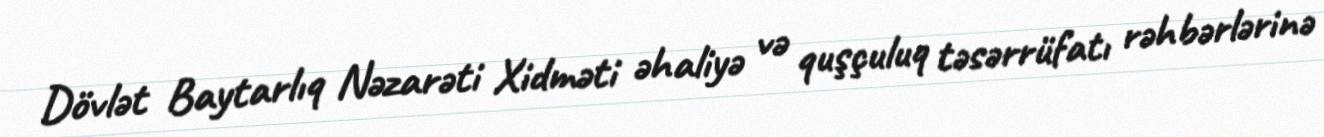
Dövlət Baytarlıq Nəzarəti Xidməti əhaliyə və quşçuluq təsərrüfatı rəhbərlərinə